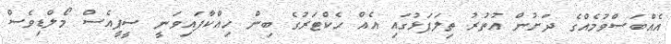
އެއްބަސްވުމެއްގެ ދަށުން އުތުރު ތިލަފަޅުގައި އެއް ހެކްޓަރުގެ ބިން ހިއްކާފައިވަނީ ސީޕީއެސް މޯލްޑިވެސް